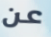
عن